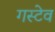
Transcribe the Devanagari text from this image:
गस्टेव